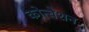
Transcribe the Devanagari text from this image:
कोन्वेशन